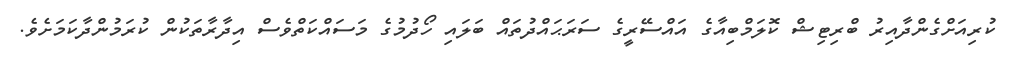
ކުރިއަށްގެންދާއިރު ބްރިޓިޝް ކޮލަމްބިއާގެ އައްސޭރީގެ ސަރަޙައްދުތައް ބަލައި ހޯދުމުގެ މަސައްކަތްވެސް އިދާރާތަކުން ކުރަމުންދާކަމަށެވެ.